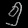
Digit: ၅